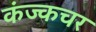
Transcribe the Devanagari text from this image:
कंज्कचर